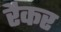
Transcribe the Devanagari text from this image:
रैकर